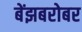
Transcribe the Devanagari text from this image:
बेंझबरोबर